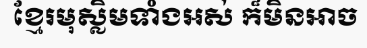
ខ្មែរមុស្លិមទាំងអស់ ក៏មិនអាច